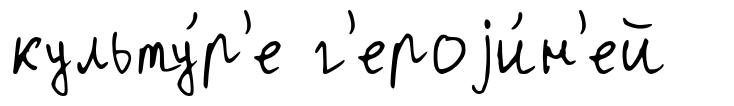
культу́р'е г'ероjи́н'ей